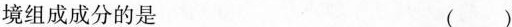
境组成成分的是 ( )